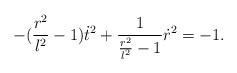
LaTeX: \begin{align*}-(\frac{r^2}{l^2}-1)\dot t^2 +\frac{1}{\frac{r^2}{l^2}-1}\dot r^2=-1.\end{align*}